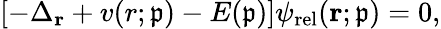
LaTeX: \left[-\Delta_{\mathbf{r}}+v(r;\mathfrak{p})-E(\mathfrak{p})\right]\psi_{\mathrm{rel}}(\mathbf{r};\mathfrak{p})=0,